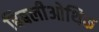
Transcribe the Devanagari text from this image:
बिबलीओथिक